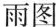
雨图